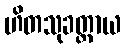
ဟိတသုခတ္ထာယ